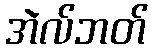
အဲလ်ဘတ်